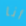
أنا